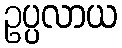
ဥပ္ပလာယ